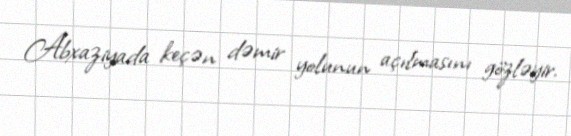
Abxaziyada keçən dəmir yolunun açılmasını gözləyir.